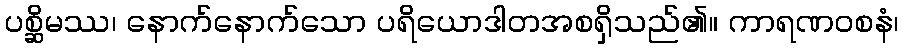
ပစ္ဆိမဿ၊ နောက်နောက်သော ပရိယောဒါတအစရှိသည်၏။ ကာရဏဝစနံ၊